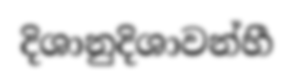
දිශානුදිශාවන්හී